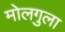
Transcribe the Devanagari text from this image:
मोलगुला